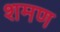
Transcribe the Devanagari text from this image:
शमण